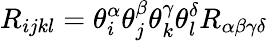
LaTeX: R_{ijkl}=\theta_{i}^{\alpha}\theta_{j}^{\beta}\theta_{k}^{\gamma}\theta_{l}^{\delta}R_{\alpha\beta\gamma\delta}